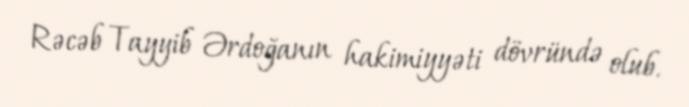
Rəcəb Tayyib Ərdoğanın hakimiyyəti dövründə olub.